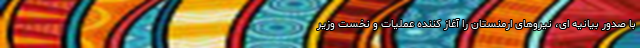
با صدور بیانیه ای، نیروهای ارمنستان را آغاز کننده عملیات و نخست وزیر